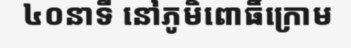
៤០នាទី នៅភូមិពោធិ៍ក្រោម